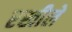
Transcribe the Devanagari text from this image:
रखीले